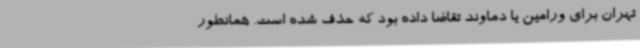
تهران برای ورامین یا دماوند تقاضا داده بود که حذف شده است. همانطور